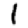
Digit: 1